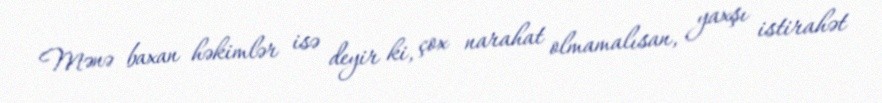
Mənə baxan həkimlər isə deyir ki, çox narahat olmamalısan, yaxşı istirahət